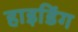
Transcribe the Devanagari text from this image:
हाइडिंग